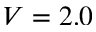
V = 2 . 0